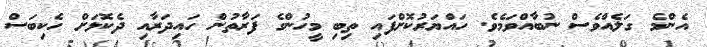
އެންމެ ގަލެއްވެސް ނުބާއްވަމެވެ. ހައްޔަރުކޮށްފައި ތިބި މީހުންގެ ފަރާތުން ހައިދަރާއި ދެކޮޅަށް ހެކިބަސް